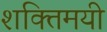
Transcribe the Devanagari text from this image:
शक्तिमयी